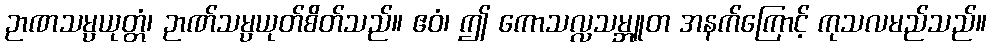
ဉာဏသမ္ပယုတ္တံ၊ ဉာဏ်သမ္ပယုတ်စိတ်သည်။ ဧဝံ၊ ဤ ကောသလ္လသမ္ဘူတ အနက်ကြောင့် ကုသလမည်သည်။